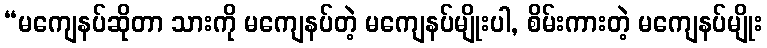
“မကျေနပ်ဆိုတာ သားကို မကျေနပ်တဲ့ မကျေနပ်မျိုးပါ, စိမ်းကားတဲ့ မကျေနပ်မျိုး